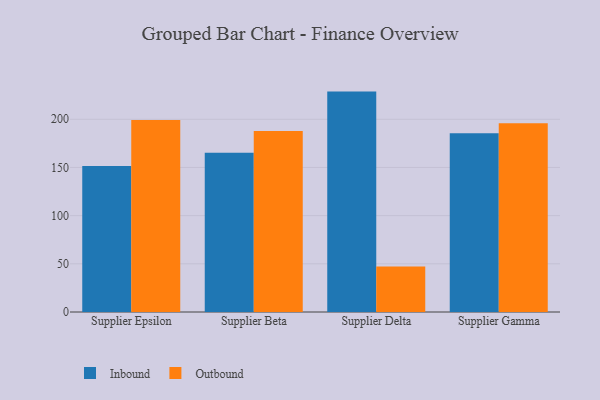
{"axis": {"x": "Supplier", "y": "Page Views"}, "legend": ["Inbound", "Outbound"], "data": [{"x": "Supplier Epsilon", "y": 151.4, "type": "Inbound"}, {"x": "Supplier Epsilon", "y": 199.3, "type": "Outbound"}, {"x": "Supplier Beta", "y": 165.3, "type": "Inbound"}, {"x": "Supplier Beta", "y": 187.9, "type": "Outbound"}, {"x": "Supplier Delta", "y": 228.7, "type": "Inbound"}, {"x": "Supplier Delta", "y": 47.1, "type": "Outbound"}, {"x": "Supplier Gamma", "y": 185.6, "type": "Inbound"}, {"x": "Supplier Gamma", "y": 195.8, "type": "Outbound"}]}